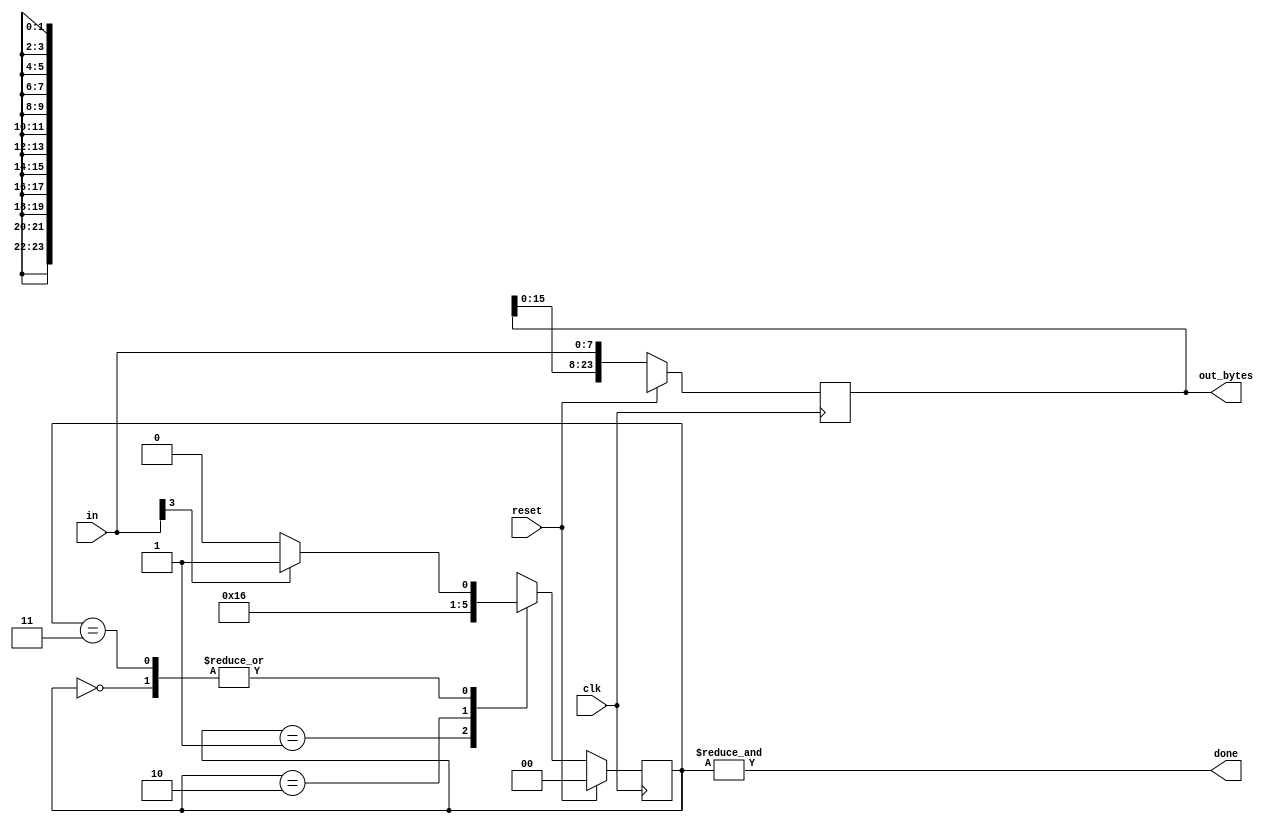
module top_module(
    input clk,
    input [7:0] in,
    input reset,    // Synchronous reset
    output [23:0] out_bytes,
    output done); //

    parameter A=0, B=1, C=2, D=3;
    reg [1:0] ps, ns;

    // State transition logic (combinational)
    always@(*)begin
        case(ps)
            A: ns = in[3] ? B : A;
            B: ns = C;
            C: ns = D;
            D: ns = in[3] ? B : A;
        endcase
    end
    
    // State flip-flops (sequential)
    always@(posedge clk)begin
        if(reset)begin
            ps <= A;
            out_bytes <= 24'hxxx;
        end
    	else begin
            ps <= ns;
            out_bytes <= {out_bytes[15:0],in};
        end
    end
    
    // Output logic
    assign done = &ps;

endmodule